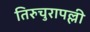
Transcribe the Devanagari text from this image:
तिरुचुरापल्ली